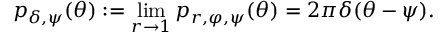
p _ { \delta , \psi } ( \theta ) : = \operatorname* { l i m } _ { r \to 1 } p _ { r , \varphi , \psi } ( \theta ) = 2 \pi \delta ( \theta - \psi ) .